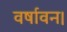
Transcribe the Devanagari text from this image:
वर्षावन।